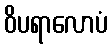
ဝိပရာလောပံ